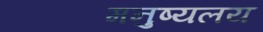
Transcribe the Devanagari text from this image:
मनुष्यलय